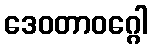
ဒေဝတာဝဂ္ဂေါ